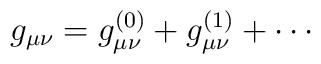
g_{\mu \nu} = g^{(0)}_{\mu \nu} + g^{(1)}_{\mu \nu} + \cdots